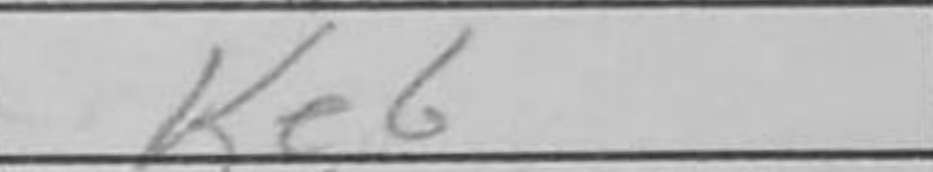
Transcription: Ke6